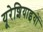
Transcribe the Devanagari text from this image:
यूरेशियाइयों